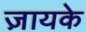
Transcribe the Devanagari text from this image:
ज़ायके